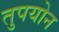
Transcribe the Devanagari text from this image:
तुपयोन